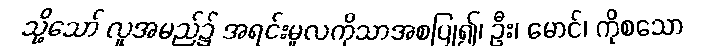
သို့သော် လူအမည်၌ အရင်းမူလကိုသာအစပြု၍၊ ဦး၊ မောင်၊ ကိုစသော